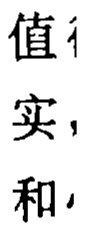
值 实 和